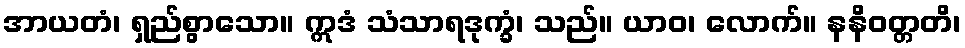
အာယတံ၊ ရှည်စွာသော။ ဣဒံ သံသာရဒုက္ခံ၊ သည်။ ယာဝ၊ လောက်။ နနိဝတ္တတိ၊